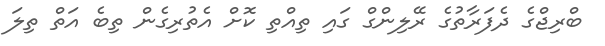
ބްރިޖްގެ ދެފަަރާތުގެ ރޭލިންގް ގައި ތިއްތި ކޮށް އެތުރިގެން ތިބެ އަތް ތިލަ